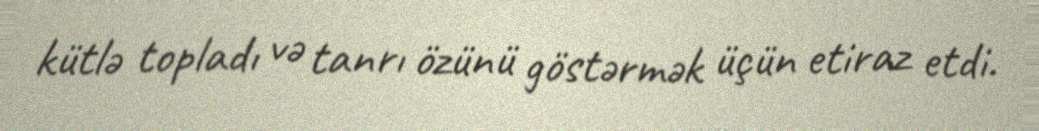
kütlə topladı və tanrı özünü göstərmək üçün etiraz etdi.